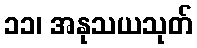
၁၁၊ အနုသယသုတ်